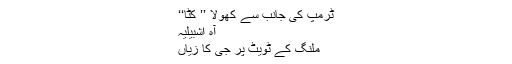
ٹرمپ کی جانب سے کھولا ’’ کٹاّ‘‘
آہ اشبیلیہ
ملنگ کے ٹویٹ پر جی کا زیاں